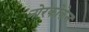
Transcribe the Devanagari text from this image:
नोरकोकेन